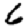
Digit: 6